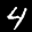
Label: 4